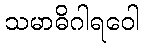
သမာဓိဂါရဝေါ